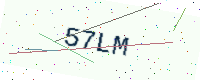
Text: 57LM